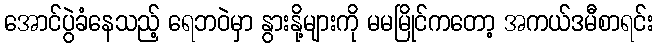
အောင်ပွဲခံနေသည့် ရေဘဝဲမှာ နွားနို့များကို မမမြိုင်ကတော့ အကယ်ဒမီစာရင်း